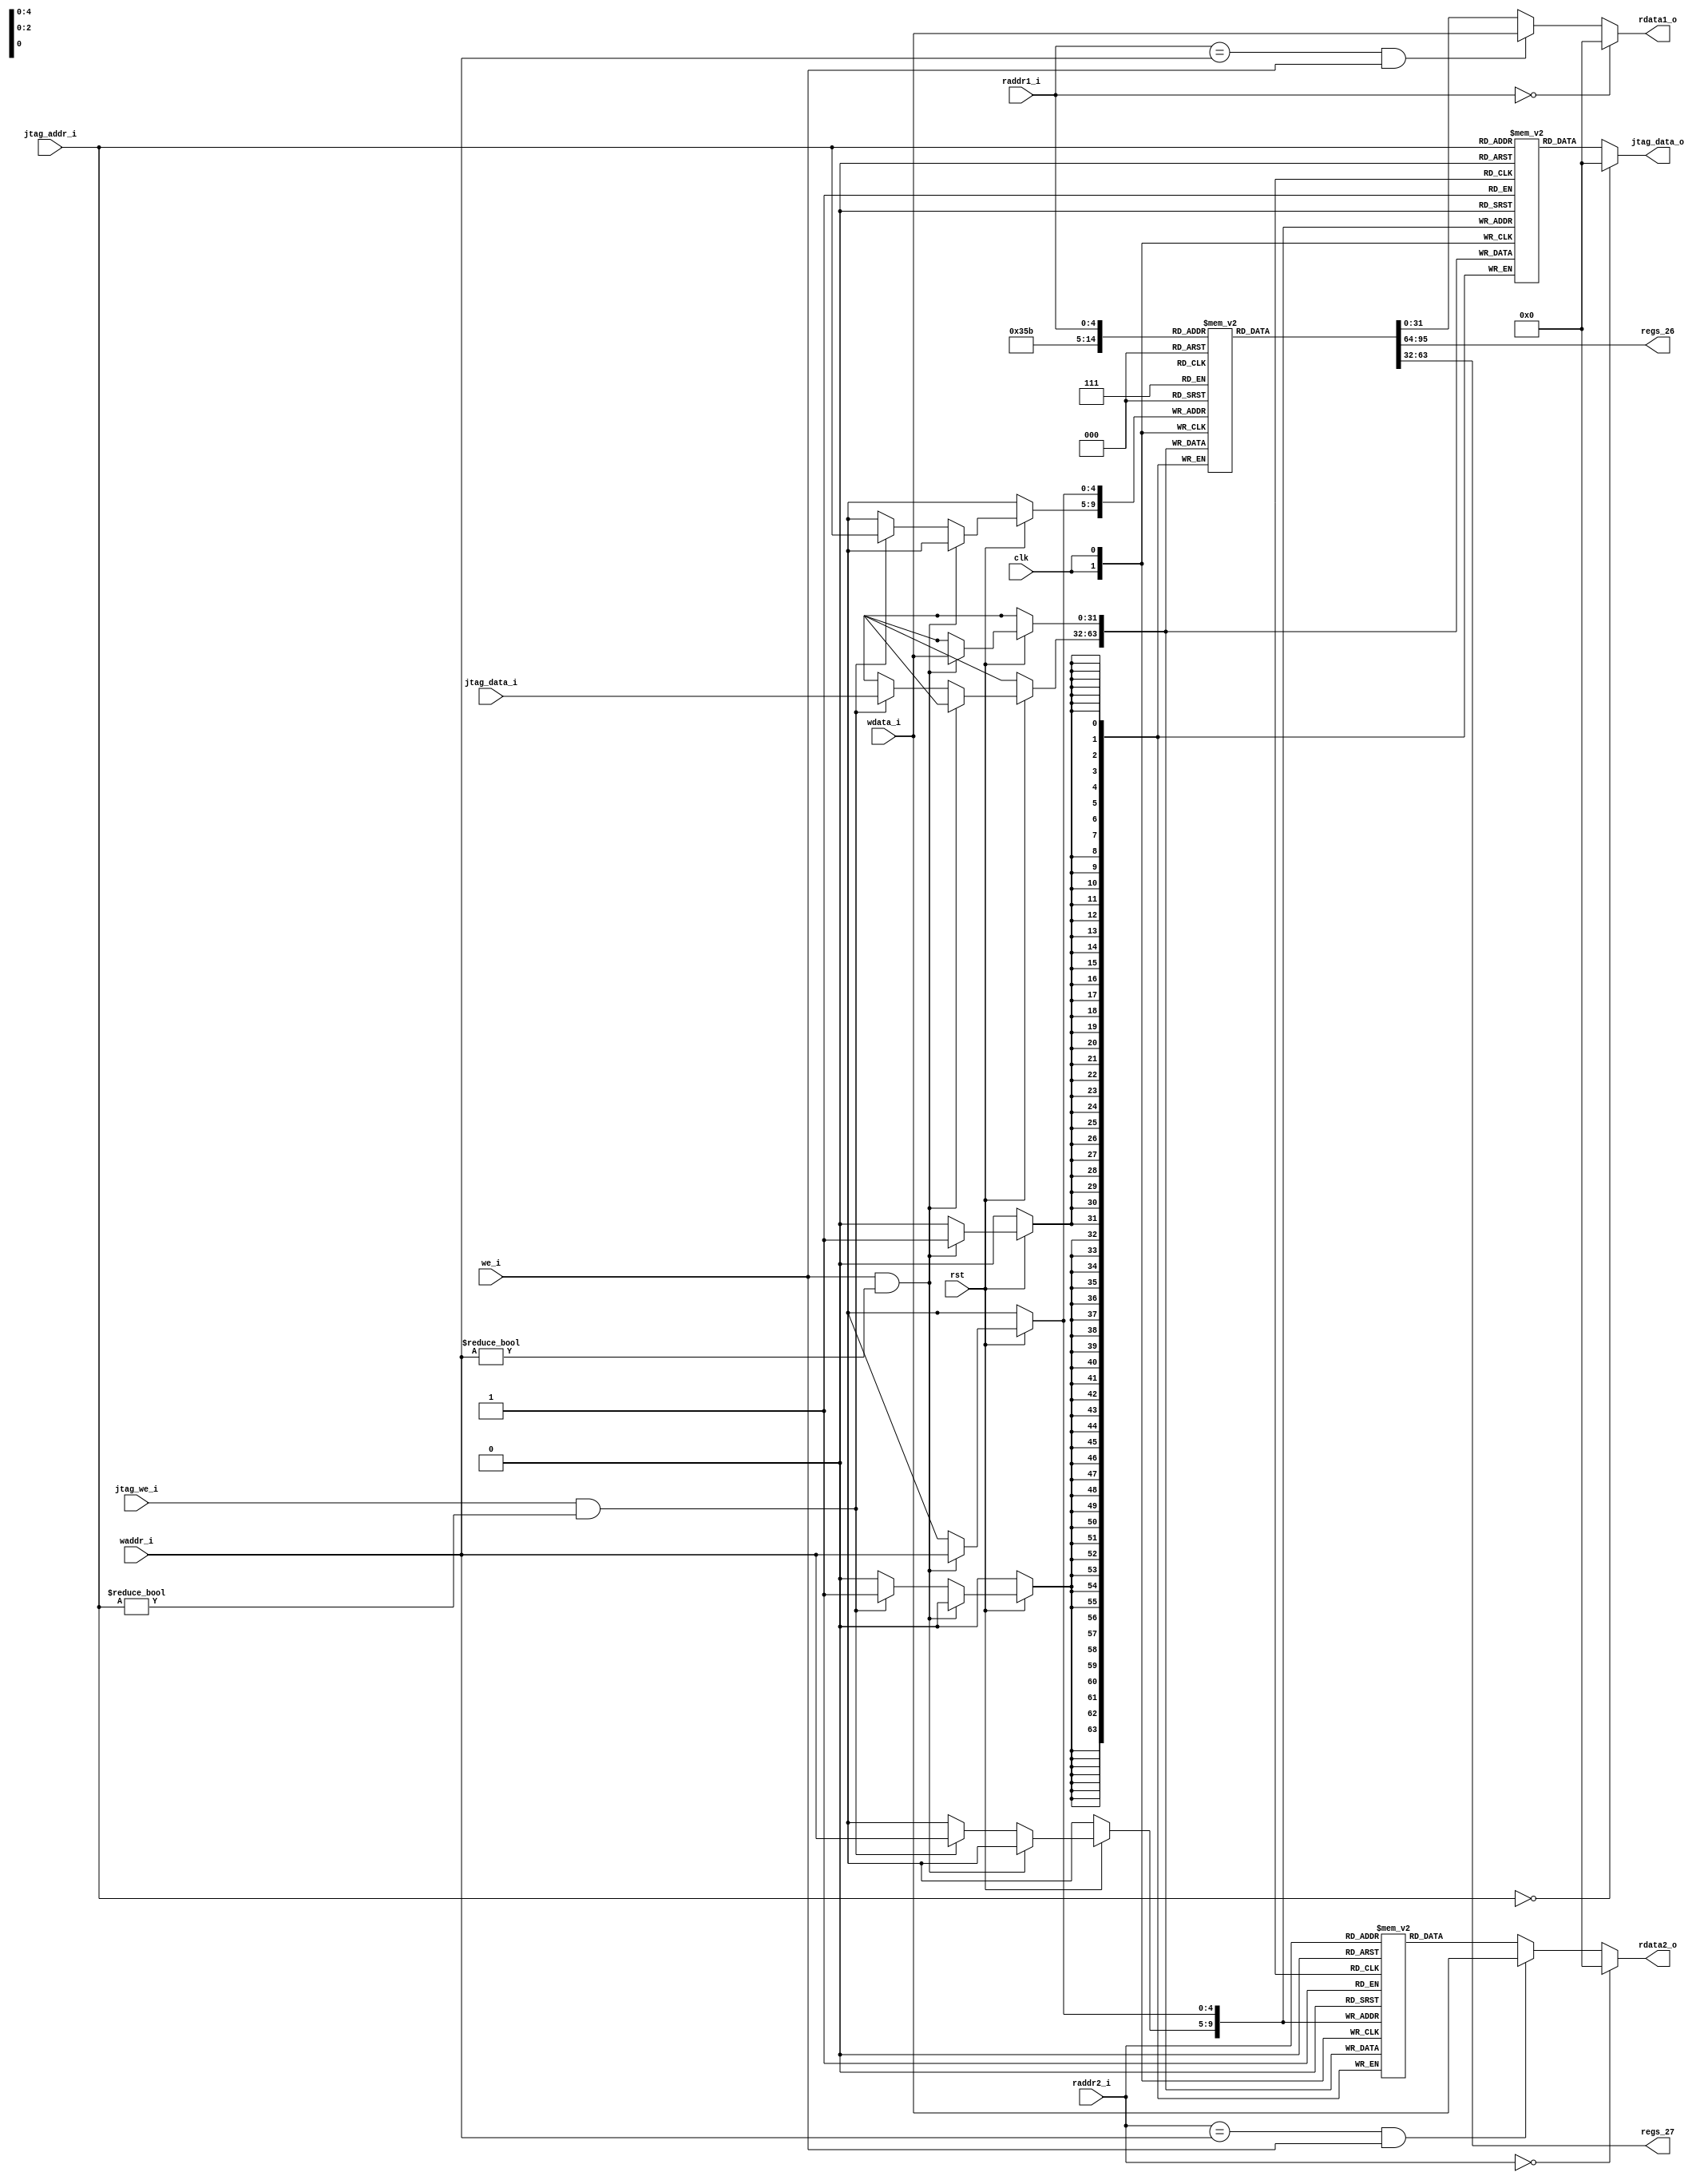
`define CpuResetAddr 32'h0

`define RstEnable 1'b0
`define RstDisable 1'b1
`define ZeroWord 32'h0
`define ZeroReg 5'h0
`define WriteEnable 1'b1
`define WriteDisable 1'b0
`define ReadEnable 1'b1
`define ReadDisable 1'b0
`define True 1'b1
`define False 1'b0
`define ChipEnable 1'b1
`define ChipDisable 1'b0
`define JumpEnable 1'b1
`define JumpDisable 1'b0
`define DivResultNotReady 1'b0
`define DivResultReady 1'b1
`define DivStart 1'b1
`define DivStop 1'b0
`define HoldEnable 1'b1
`define HoldDisable 1'b0
`define Stop 1'b1
`define NoStop 1'b0
`define RIB_ACK 1'b1
`define RIB_NACK 1'b0
`define RIB_REQ 1'b1
`define RIB_NREQ 1'b0
`define INT_ASSERT 1'b1
`define INT_DEASSERT 1'b0

`define INT_BUS 7:0
`define INT_NONE 8'h0
`define INT_RET 8'hff
`define INT_TIMER0 8'b00000001
`define INT_TIMER0_ENTRY_ADDR 32'h4

`define Hold_Flag_Bus   2:0
`define Hold_None 3'b000
`define Hold_Pc   3'b001
`define Hold_If   3'b010
`define Hold_Id   3'b011

// I type inst
`define INST_TYPE_I 7'b0010011
`define INST_ADDI   3'b000
`define INST_SLTI   3'b010
`define INST_SLTIU  3'b011
`define INST_XORI   3'b100
`define INST_ORI    3'b110
`define INST_ANDI   3'b111
`define INST_SLLI   3'b001
`define INST_SRI    3'b101

// L type inst
`define INST_TYPE_L 7'b0000011
`define INST_LB     3'b000
`define INST_LH     3'b001
`define INST_LW     3'b010
`define INST_LBU    3'b100
`define INST_LHU    3'b101

// S type inst
`define INST_TYPE_S 7'b0100011
`define INST_SB     3'b000
`define INST_SH     3'b001
`define INST_SW     3'b010

// R and M type inst
`define INST_TYPE_R_M 7'b0110011
// R type inst
`define INST_ADD_SUB 3'b000
`define INST_SLL    3'b001
`define INST_SLT    3'b010
`define INST_SLTU   3'b011
`define INST_XOR    3'b100
`define INST_SR     3'b101
`define INST_OR     3'b110
`define INST_AND    3'b111
// M type inst
`define INST_MUL    3'b000
`define INST_MULH   3'b001
`define INST_MULHSU 3'b010
`define INST_MULHU  3'b011
`define INST_DIV    3'b100
`define INST_DIVU   3'b101
`define INST_REM    3'b110
`define INST_REMU   3'b111

// J type inst
`define INST_JAL    7'b1101111
`define INST_JALR   7'b1100111

`define INST_LUI    7'b0110111
`define INST_AUIPC  7'b0010111
`define INST_NOP    32'h00000001
`define INST_NOP_OP 7'b0000001
`define INST_MRET   32'h30200073
`define INST_RET    32'h00008067

`define INST_FENCE  7'b0001111
`define INST_ECALL  32'h73
`define INST_EBREAK 32'h00100073

// J type inst
`define INST_TYPE_B 7'b1100011
`define INST_BEQ    3'b000
`define INST_BNE    3'b001
`define INST_BLT    3'b100
`define INST_BGE    3'b101
`define INST_BLTU   3'b110
`define INST_BGEU   3'b111

// CSR inst
`define INST_CSR    7'b1110011
`define INST_CSRRW  3'b001
`define INST_CSRRS  3'b010
`define INST_CSRRC  3'b011
`define INST_CSRRWI 3'b101
`define INST_CSRRSI 3'b110
`define INST_CSRRCI 3'b111

// CSR reg addr
`define CSR_CYCLE   12'hc00
`define CSR_CYCLEH  12'hc80
`define CSR_MTVEC   12'h305
`define CSR_MCAUSE  12'h342
`define CSR_MEPC    12'h341
`define CSR_MIE     12'h304
`define CSR_MSTATUS 12'h300
`define CSR_MSCRATCH 12'h340

`define RomNum 4096  // rom depth(how many words)

`define MemNum 4096  // memory depth(how many words)
`define MemBus 31:0
`define MemAddrBus 31:0

`define InstBus 31:0
`define InstAddrBus 31:0

// common regs
`define RegAddrBus 4:0
`define RegBus 31:0
`define DoubleRegBus 63:0
`define RegWidth 32
`define RegNum 32        // reg num
`define RegNumLog2 5


//`include "defines.v"

// 
module regs(

    input wire clk,
    input wire rst,

    // from ex
    input wire we_i,                      // 
    input wire[`RegAddrBus] waddr_i,      // 
    input wire[`RegBus] wdata_i,          // 

    // from jtag
    input wire jtag_we_i,                 // 
    input wire[`RegAddrBus] jtag_addr_i,  // 
    input wire[`RegBus] jtag_data_i,      // 

    // from id
    input wire[`RegAddrBus] raddr1_i,     // 1

    // to id
    output reg[`RegBus] rdata1_o,         // 1

    // from id
    input wire[`RegAddrBus] raddr2_i,     // 2

    // to id
    output reg [`RegBus] rdata2_o,         // 2

    // to jtag
    output reg [`RegBus] jtag_data_o,      // 

    output wire [`RegBus] regs_26,
    output wire [`RegBus] regs_27
    );

    reg[`RegBus] regs_1[0:`RegNum - 1];
	reg[`RegBus] regs_2[0:`RegNum - 1];
	reg[`RegBus] regs_jtag[0:`RegNum - 1];


    assign regs_26 = regs_1[26];
    assign regs_27 = regs_1[27];

    // 
    always @ (posedge clk) begin
        if (rst == `RstDisable) begin
            // ex
            if ((we_i == `WriteEnable) && (waddr_i != `ZeroReg)) begin
                regs_1[waddr_i]    <= wdata_i;
				regs_2[waddr_i]    <= wdata_i;
				regs_jtag[waddr_i] <= wdata_i;
            end else if ((jtag_we_i == `WriteEnable) && (jtag_addr_i != `ZeroReg)) begin
                regs_1[jtag_addr_i] <= jtag_data_i;
				regs_2[waddr_i]   <= jtag_data_i;
				regs_jtag[waddr_i]<= jtag_data_i;
            end
        end
    end

    // 1
	//assign rdata1_o = (raddr1_i == `ZeroReg) ? `ZeroWord : ((raddr1_i == waddr_i && we_i == `WriteEnable) ? wdata_i : regs[raddr1_i]); 
    always @ (*) begin
        if (raddr1_i == `ZeroReg) begin
            rdata1_o = `ZeroWord;
        //
        end else if (raddr1_i == waddr_i && we_i == `WriteEnable) begin
            rdata1_o = wdata_i;
        end else begin
            rdata1_o = regs_1[raddr1_i];
        end
    end

    // 2
	//assign rdata2_o = (raddr2_i == `ZeroReg) ? `ZeroWord : ((raddr2_i == waddr_i && we_i == `WriteEnable) ? wdata_i : regs[raddr2_i]); 
    always @ (*) begin
        if (raddr2_i == `ZeroReg) begin
            rdata2_o = `ZeroWord;
        //
        end else if (raddr2_i == waddr_i && we_i == `WriteEnable) begin
            rdata2_o = wdata_i;
        end else begin
            rdata2_o = regs_2[raddr2_i];
        end
    end

    // jtag
	//assign rdata2_o = (jtag_addr_i == `ZeroReg) ? `ZeroWord : regs[jtag_addr_i]; 
    always @ (*) begin
        if (jtag_addr_i == `ZeroReg) begin
            jtag_data_o = `ZeroWord;
        end else begin
            jtag_data_o = regs_jtag[jtag_addr_i];
        end
  end

endmodule